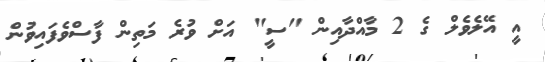
އީ އޭލެވެލް ގެ 2 މާއްދާއިން "ސީ" އަށް ވުރެ މަތިން ފާސްވެފައިވުން